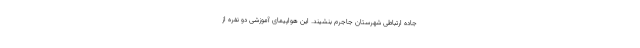
جاده ارتباطی شهرستان جاجرم بنشیند. این هواپیمای آموزشی دو نفره از